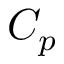
C _ { p }